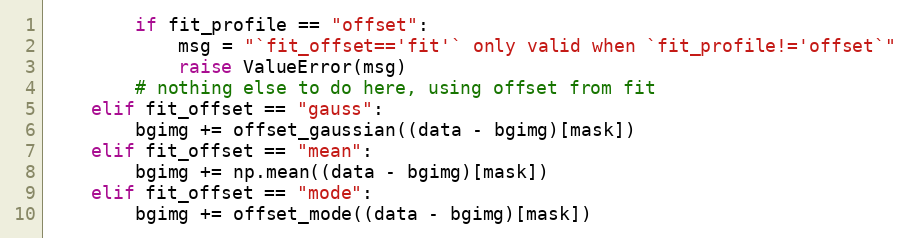
Language: Python
        if fit_profile == "offset":
            msg = "`fit_offset=='fit'` only valid when `fit_profile!='offset`"
            raise ValueError(msg)
        # nothing else to do here, using offset from fit
    elif fit_offset == "gauss":
        bgimg += offset_gaussian((data - bgimg)[mask])
    elif fit_offset == "mean":
        bgimg += np.mean((data - bgimg)[mask])
    elif fit_offset == "mode":
        bgimg += offset_mode((data - bgimg)[mask])